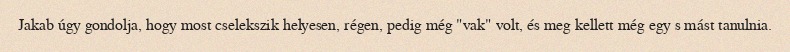
Jakab úgy gondolja, hogy most cselekszik helyesen, régen, pedig még "vak" volt, és meg kellett még egy s mást tanulnia.